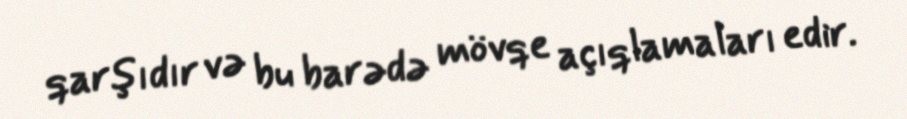
qarşıdır və bu barədə mövqe açıqlamaları edir.